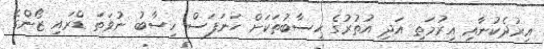
އިރުދެކުނާއި އިރުމަތި އަދި އުތުރުގެ ހިސާބުތަކަށް ހަނަފަސް ހިސާބު ނުވަތަ ޑްރައި ޒޯންގެ